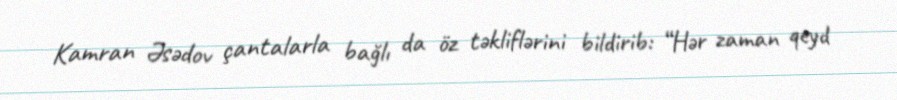
Kamran Əsədov çantalarla bağlı da öz təkliflərini bildirib: “Hər zaman qeyd